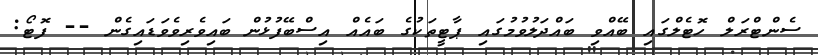
ސެންޓްރަލް ހޮޓެލްގައި ބޭއްވި ބައްދަލުވުމުގައި ޕާޓީތަކުގެ ބައެއް އިސްބޭފުޅުން ބައިވެރިވެވަޑައިގެން -- ފޮޓޯ: